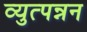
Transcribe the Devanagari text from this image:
व्युत्पन्नन